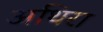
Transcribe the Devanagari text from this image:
अथिरा